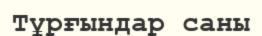
Тұрғындар саны